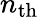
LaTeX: n_{\mathrm{th}}